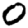
Digit: 0